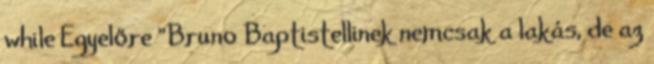
while Egyelőre "Bruno Baptistellinek nemcsak a lakás, de az